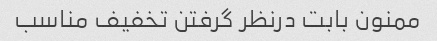
ممنون بابت درنظر گرفتن تخفیف مناسب